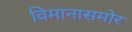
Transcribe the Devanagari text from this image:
विमानासमोर